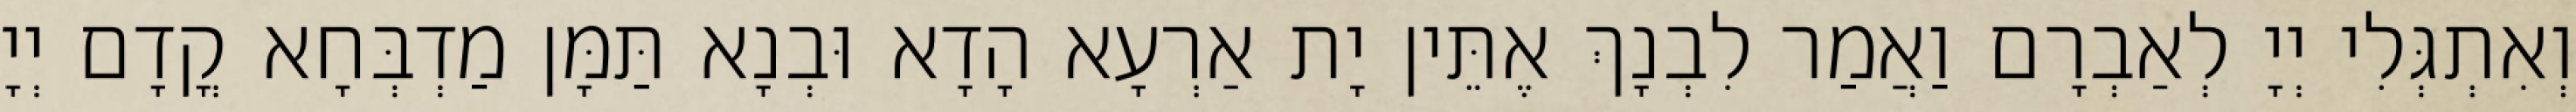
וְאִתְגְּלִי יְיָ לְאַבְרָם וַאֲמַר לִבְנָךְ אֶתֵּין יָת אַרְעָא הָדָא וּבְנָא תַּמָּן מַדְבְּחָא קֳדָם יְיָ